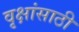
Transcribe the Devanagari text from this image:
वृक्षांसाठी